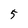
Character: 5